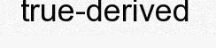
true-derived